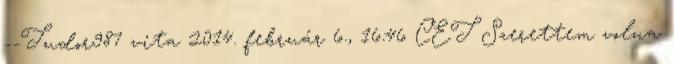
--Tudor987 vita 2014. február 6., 16:46 CET Szerettem volna